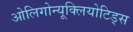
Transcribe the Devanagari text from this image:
ओलिगोन्यूक्लियोटिड्स